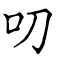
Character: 叨